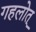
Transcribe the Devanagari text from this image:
गहलोत्